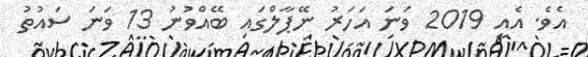
އެވެ. އެއީ 2019 ވަނަ އަހަރު ނޭޕާލްގައި ބޭއްވުނު 13 ވަނަ ސައުތު